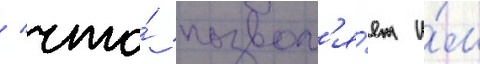
/ что́ позвол'я́ет и́м